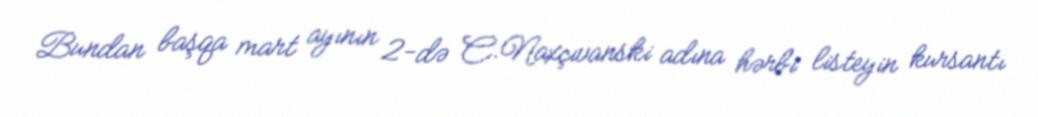
Bundan başqa mart ayının 2-də C.Naxçıvanski adına hərbi listeyin kursantı